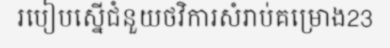
របៀបស្នើជំនួយថវិការសំរាប់គម្រោង23